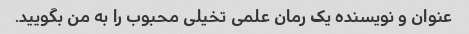
عنوان و نویسنده یک رمان علمی تخیلی محبوب را به من بگویید.